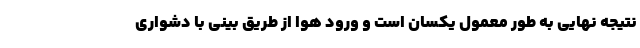
نتیجه نهایی به طور معمول یکسان است و ورود هوا از طریق بینی با دشواری